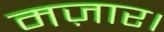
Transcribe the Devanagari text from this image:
मज़ार।